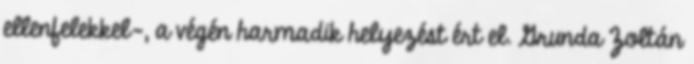
ellenfelekkel-, a végén harmadik helyezést ért el. Grunda Zoltán